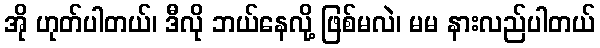
အို ဟုတ်ပါတယ်၊ ဒီလို ဘယ်နေလို့ ဖြစ်မလဲ၊ မမ နားလည်ပါတယ်